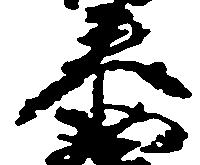
泰